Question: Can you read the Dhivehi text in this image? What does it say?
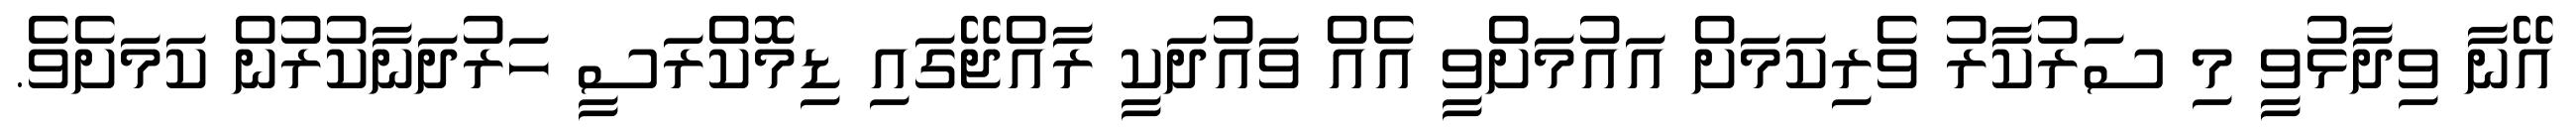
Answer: އޭނާ ވިދާޅުވީ މި ސަރުކާރު ވެރިކަމަށް އައުމަށްވީ އެއް ވައުދަކީ ރާއްޖޭގައި ޑިމޮކްރަސީ ހަރުދަނާކުރުން ކަމަށެވެ.